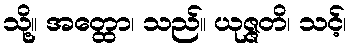
သို့။ အတ္ထော၊ သည်။ ယုဇ္ဇတိ၊ သင့်၊